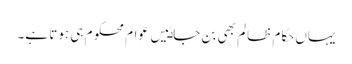
یہاں حکام ظالم بھی بن جاٸیں عوام محکوم ہی ہوتا ہے۔